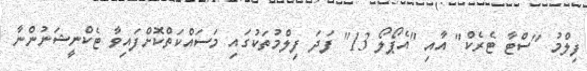
ފިލްމު "ސްޓާ ޓެރެކް" އާއި "އެޕޯލޯ 13" ފަދަ ފިލްމުތަކުގައި މަސައްކަތްކޮށްފައިވާ ޓެކްނީޝަނުންނާ